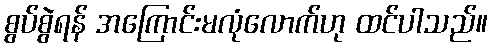
စွပ်စွဲရန် အကြောင်းမလုံလောက်ဟု ထင်ပါသည်။